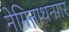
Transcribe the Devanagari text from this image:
नेमिनाथनगर